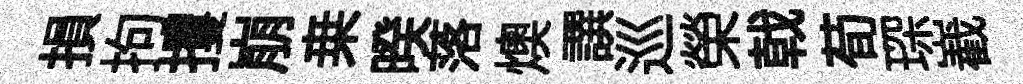
損拘攫崩桒暌落燠譔巡榮戟荀琛嶻